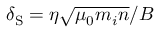
\delta _ { \mathrm { S } } = { \eta \sqrt { \mu _ { 0 } m _ { i } n } } / { B }